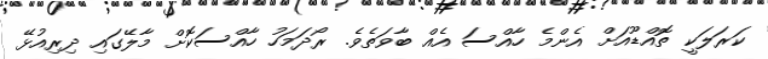
ކަރަލަކީ ތޮއްޑޫއަށް އެންމެ ހާއްސަ އެއް ބާވަތެވެ. ރޯދަމަހު ހާއްސަކޮށް މާލޭގައި ދިރިއުޅޭ